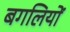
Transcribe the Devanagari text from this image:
बगलियों